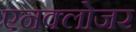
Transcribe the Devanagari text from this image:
एनक्लोजर